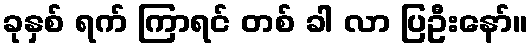
ခုနှစ် ရက် ကြာရင် တစ် ခါ လာ ပြဦးနော်။